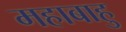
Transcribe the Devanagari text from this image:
महाबाहु